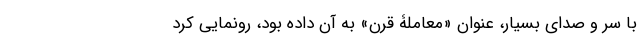
با سر و صدای بسیار، عنوان «معاملۀ قرن» به آن داده بود، رونمایی کرد